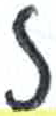
אות: ז